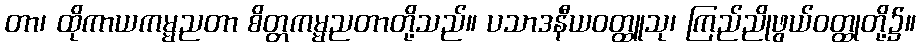
တာ၊ ထိုကာယကမ္မညတာ စိတ္တကမ္မညတာတို့သည်။ ပသာဒနီယဝတ္ထူသု၊ ကြည်ညိုဖွယ်ဝတ္ထုတို့၌။